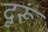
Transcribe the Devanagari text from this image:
दूरूं